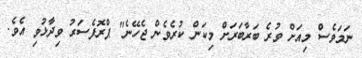
ނަމަވެސް މިއަށް ވުރެ ބަރާބަރަށް މިކަން ކުރެވެން ޖެހޭނެ" ޕްރޮފެސަރު ވިދާޅުވި އެވެ.